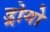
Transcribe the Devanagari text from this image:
ड्रोगो